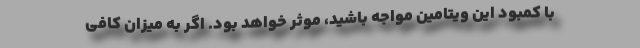
با کمبود این ویتامین مواجه باشید، موثر خواهد بود. اگر به میزان کافی